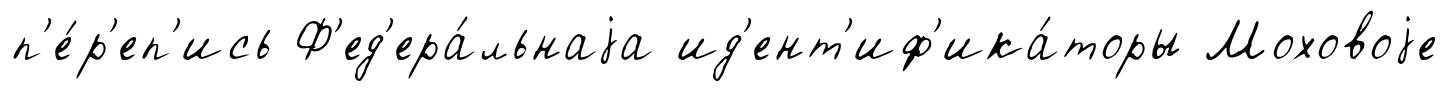
п'е́р'еп'ись Ф'ед'ера́льнаjа ид'ент'иф'ика́торы Моховоjе